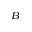
_ B